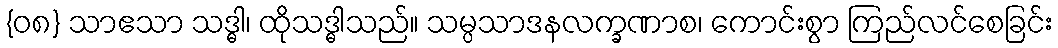
{၀၈} သာဧသာ သဒ္ဓါ၊ ထိုသဒ္ဓါသည်။ သမ္ပသာဒနလက္ခဏာစ၊ ကောင်းစွာ ကြည်လင်စေခြင်း